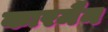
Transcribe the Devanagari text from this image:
कारमैन